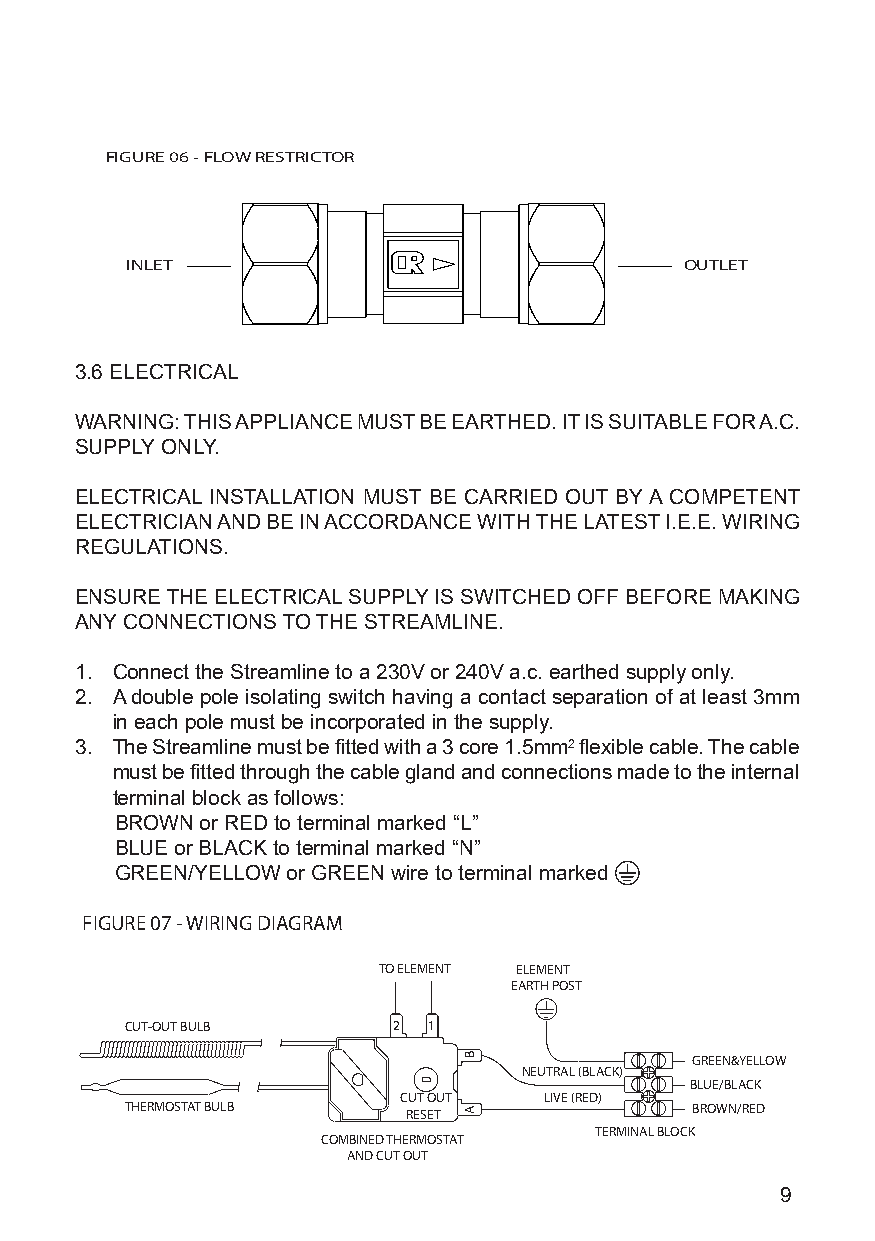
FIGURE 06 - FLOW RESTRICTOR
 INLET                                OUTLET
 3.6 ELECTRICAL
 WARNING: THIS APPLIANCE MUST BE EARTHED. IT IS SUITABLE FOR A.C.
 SUPPLY ONLY.
 ELECTRICAL INSTALLATION MUST BE CARRIED OUT BY A COMPETENT
 ELECTRICIAN AND BE IN ACCORDANCE WITH THE LATEST I.E.E. WIRING
 REGULATIONS.
 ENSURE THE ELECTRICAL SUPPLY IS SWITCHED OFF BEFORE MAKING
 ANY CONNECTIONS TO THE STREAMLINE.
 1. Connect the Streamline to a 230V or 240V a.c. earthed supply only.
 2. A double pole isolating switch having a contact separation of at least 3mm
 in each pole must be incorporated in the supply.
 3. The Streamline must be fitted with a 3 core 1.5mm2 flexible cable. The cable
 must be fitted through the cable gland and connections made to the internal
 terminal block as follows:
 BROWN or RED to terminal marked “L”
 BLUE or BLACK to terminal marked “N”
 GREEN/YELLOW or GREEN wire to terminal marked
 FIGURE 07 - WIRING DIAGRAM
 TO ELEMENT ELEMENT
 EARTH POST
 CUT-OUT BULB      2 1
 GREEN&YELLOW
 NEUTRAL (BLACK)
 BLUE/BLACK
 CUT OUT   LIVE (RED)
 THERMOSTAT BULB    RESET              BROWN/RED
 TERMINAL BLOCK
 COMBINED THERMOSTAT
 AND CUT OUT
 9
 B
 A